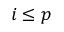
i \leq p